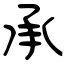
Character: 承